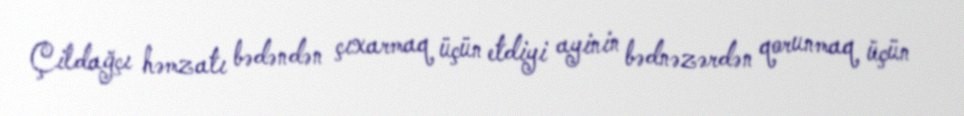
Çildağçı həmzatı bədəndən çıxarmaq üçün etdiyi ayinin bədnəzərdən qorunmaq üçün